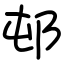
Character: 邨